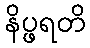
နိပ္ဖရတိ